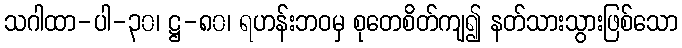
သဂါထာ-ပါ-၃၀၊ ဋ္ဌ-၈၀၊ ရဟန်းဘဝမှ စုတေစိတ်ကျ၍ နတ်သားသွားဖြစ်သော